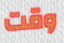
وقت